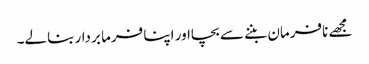
مجھے نافرمان بننے سے بچااور اپنا فرما بردار بنالے۔